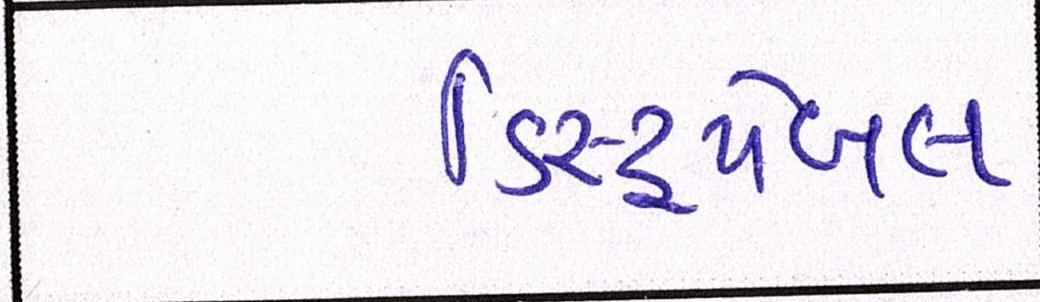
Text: ડિસ્ટ્રપેબલ